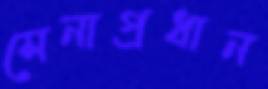
সেনাপ্রধান